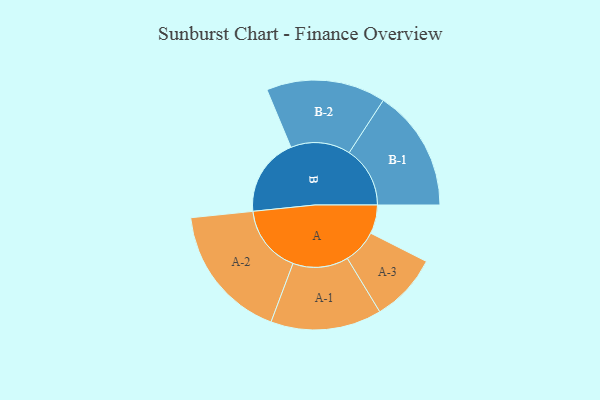
{"axis": {"x": "Segment", "y": "Value"}, "legend": ["", "A", "B"], "data": [{"x": "A", "y": 117, "type": ""}, {"x": "B", "y": 319, "type": ""}, {"x": "A-1", "y": 226, "type": "A"}, {"x": "A-2", "y": 277, "type": "A"}, {"x": "A-3", "y": 139, "type": "A"}, {"x": "B-1", "y": 248, "type": "B"}, {"x": "B-2", "y": 243, "type": "B"}]}